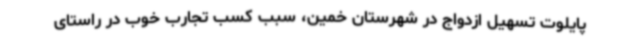
پایلوت تسهیل ازدواج در شهرستان خمین، سبب کسب تجارب خوب در راستای